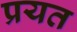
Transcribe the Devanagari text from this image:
प्रयत